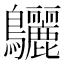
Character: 𪈳